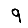
Digit: 9